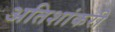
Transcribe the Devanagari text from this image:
अतिशांकरी